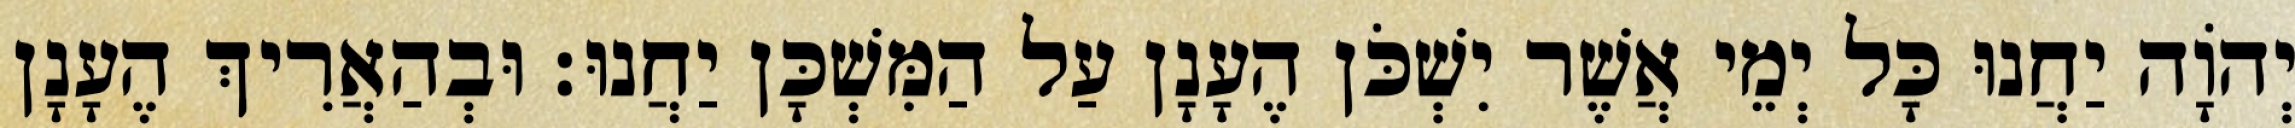
יְהוָֹה יַחֲנוּ כָּל יְמֵי אֲשֶׁר יִשְׁכֹּן הֶעָנָן עַל הַמִּשְׁכָּן יַחֲנוּ׃ וּבְהַאֲרִיךְ הֶעָנָן